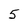
Character: 5